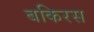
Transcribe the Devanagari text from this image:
बकिरस